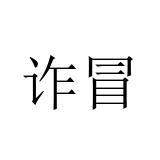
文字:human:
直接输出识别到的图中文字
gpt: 诈冒